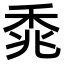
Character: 𫀰